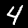
Label: 4